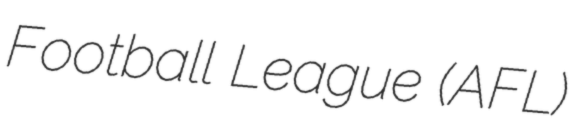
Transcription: Football League (AFL)